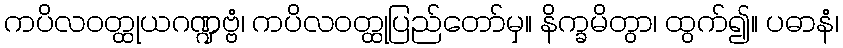
ကပိလဝတ္ထုယဂဏ္ဍဗ္ဗံ၊ ကပိလဝတ္ထုပြည်တော်မှ။ နိက္ခမိတွာ၊ ထွက်၍။ ပဓာနံ၊